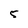
Character: 5